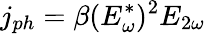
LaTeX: j_{ph}=\beta(E_{\omega}^{*})^{2}E_{2\omega}